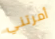
أمرتني